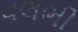
વલભી